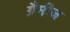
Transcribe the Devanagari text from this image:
ग्रैमीज